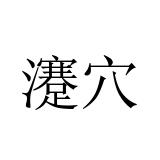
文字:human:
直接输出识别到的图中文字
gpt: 瀽穴